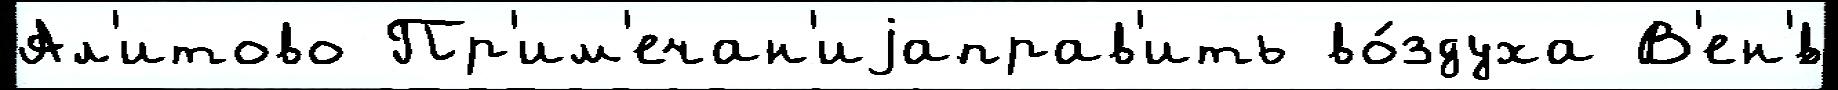
Ал'итово Пр'им'ечан'иjаправ'ить во́здуха В'ен'́в